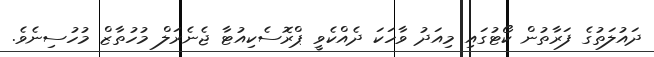
ދައުލަތުގެ ފަރާތުން ކޯޓުގައި މިއަދު ވާހަކަ ދެއްކެވީ ޕްރޮސެކިއުޓާ ޖެނެރަލް މުހުތާޒް މުހުސިނެވެ.